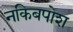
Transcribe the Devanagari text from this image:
नकिबपोश